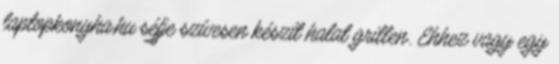
laptopkonyha.hu séfje szívesen készít halat grillen. Ehhez vagy egy